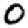
Digit: 0